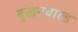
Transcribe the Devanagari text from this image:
बुखनवाल्ड